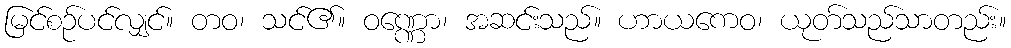
မြင်စဉ်ပင်လျှင်။ တဝ၊ သင်၏။ ဝဏ္ဏော၊ အဆင်းသည်။ ဟာယကေဝ၊ ယုတ်သည်သာတည်း။